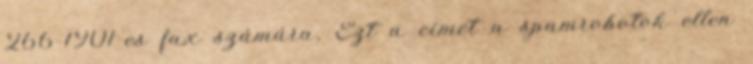
266-1901-es fax számára, Ezt a címet a spamrobotok ellen